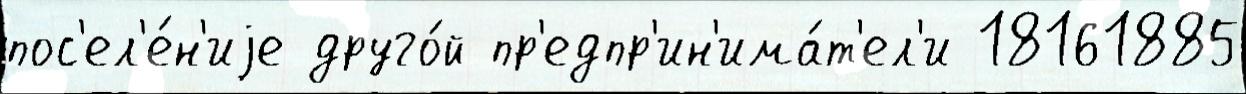
пос'ел'е́н'иjе друго́й пр'едпр'ин'има́т'ел'и 18161885